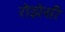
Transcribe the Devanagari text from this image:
रोझेसी